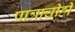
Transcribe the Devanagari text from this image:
पात्राचीही